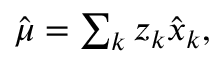
\begin{array} { r } { \hat { \boldsymbol \mu } = \sum _ { k } z _ { k } \hat { \boldsymbol { x } } _ { k } , } \end{array}